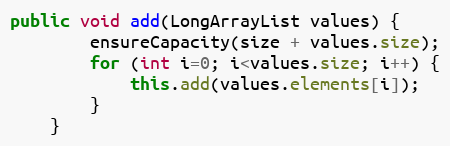
Language: Java
public void add(LongArrayList values) {
        ensureCapacity(size + values.size);
        for (int i=0; i<values.size; i++) {
            this.add(values.elements[i]);
        }
    }